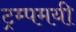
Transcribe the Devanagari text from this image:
ट्रम्पमयी